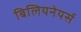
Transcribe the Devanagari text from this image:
बिलियनेयर्स